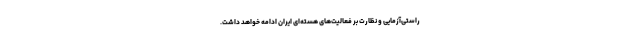
راستی‌آزمایی و نظارت بر فعالیت‌های هسته‌ای ایران ادامه خواهد داشت.